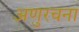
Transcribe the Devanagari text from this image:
अणुरचना